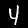
Digit: 4